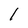
Character: l